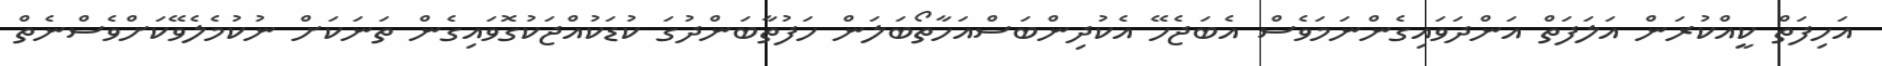
އަހިފަތް ކީއްކުރަން އަލަފަތް އަންދަވައިގެންނަމަވެސް އެބަޖެހޭ އެކުދިންބަސްއަހާތޯބަލަން ހަފުތާބަންދުގަ ކުޑަކުއްޖަކުގޮވައިގެން ތަނަކަށް ނުކުމެލެވޭކަށްވެސްނެތް